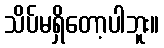
သိပ်မရှိတော့ပါဘူး။